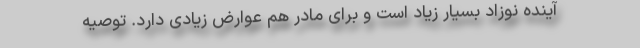
آینده‌ نوزاد بسیار زیاد است و برای مادر هم عوارض زیادی دارد. توصیه